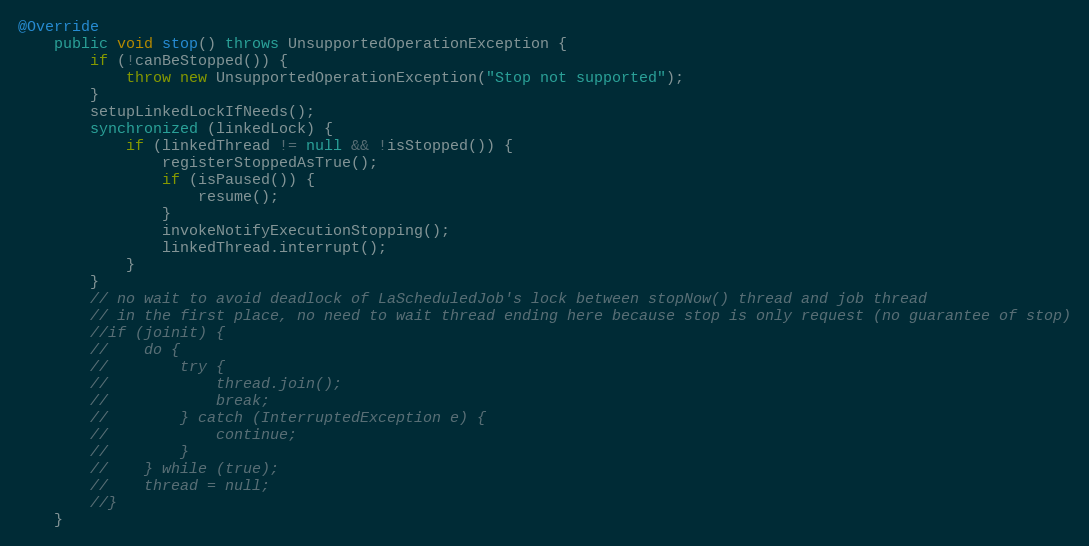
Language: Java
@Override
    public void stop() throws UnsupportedOperationException {
        if (!canBeStopped()) {
            throw new UnsupportedOperationException("Stop not supported");
        }
        setupLinkedLockIfNeeds();
        synchronized (linkedLock) {
            if (linkedThread != null && !isStopped()) {
                registerStoppedAsTrue();
                if (isPaused()) {
                    resume();
                }
                invokeNotifyExecutionStopping();
                linkedThread.interrupt();
            }
        }
        // no wait to avoid deadlock of LaScheduledJob's lock between stopNow() thread and job thread
        // in the first place, no need to wait thread ending here because stop is only request (no guarantee of stop)
        //if (joinit) {
        //    do {
        //        try {
        //            thread.join();
        //            break;
        //        } catch (InterruptedException e) {
        //            continue;
        //        }
        //    } while (true);
        //    thread = null;
        //}
    }